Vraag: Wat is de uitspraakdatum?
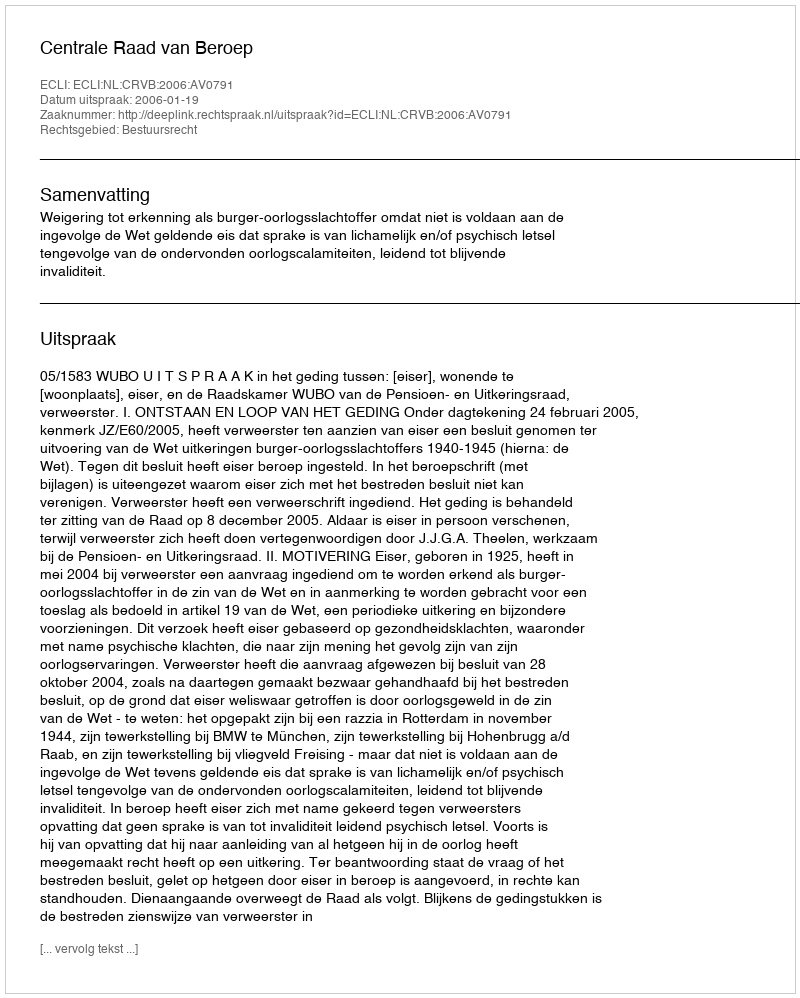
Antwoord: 2006-01-19